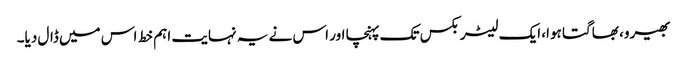
بھیرو، بھاگتا ہوا، ایک لیٹر بکس تک پہنچا اور اس نے یہ نہایت اہم خط اس میں ڈال دیا۔